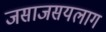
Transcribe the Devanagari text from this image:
जसाजसयलाग